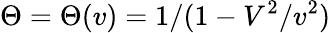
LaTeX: \Theta=\Theta(v)=1/(1-V^{2}/v^{2})